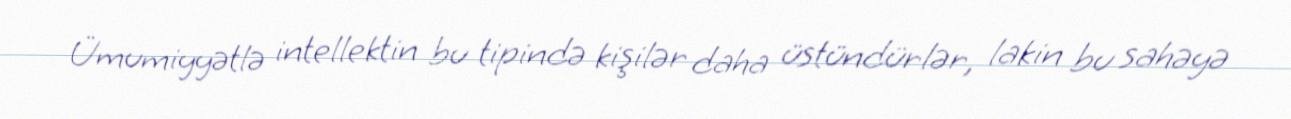
Ümumiyyətlə intellektin bu tipində kişilər daha üstündürlər, lakin bu sahəyə